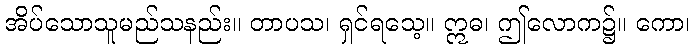
အိပ်သောသူမည်သနည်း။ တာပသ၊ ရှင်ရသေ့။ ဣဓ၊ ဤလောက၌။ ကော၊